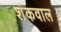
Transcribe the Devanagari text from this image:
शंकवाल